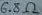
Text: 6.8KΩ